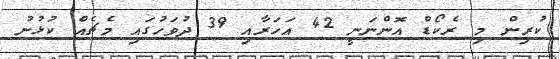
ކުރިން މި ރެކޯޑް އޮންނަނީ 42 އަހަރާއި 39 ދުވަހުގައި މެޗެއް ކުޅުނު